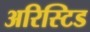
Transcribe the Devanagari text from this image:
अरिस्टिड